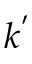
k ^ { ' }